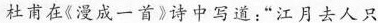
杜甫在《漫成一首》诗中写道：”江月去人只